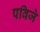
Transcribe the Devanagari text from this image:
पविजे